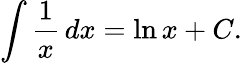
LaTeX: \int{\frac{1}{x}}\, dx=\ln x+C.